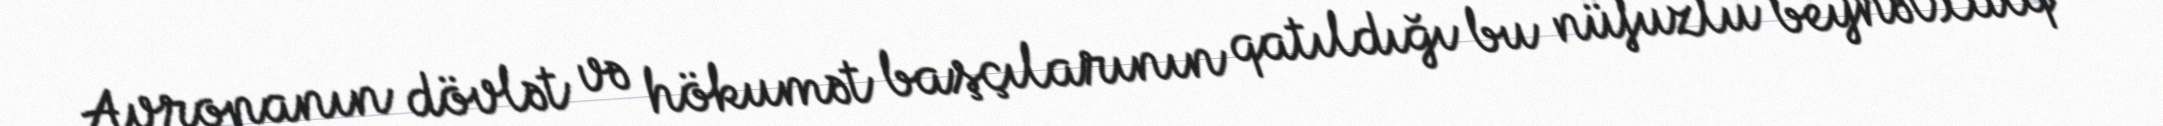
Avropanın dövlət və hökumət başçılarının qatıldığı bu nüfuzlu beynəlxalq